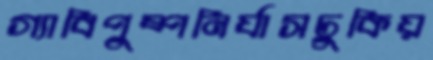
গ্যাবিপুষ্পনির্যাসঢুকিয়